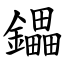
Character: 鑘